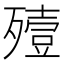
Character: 殪